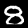
Digit: 8